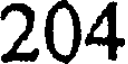
204